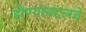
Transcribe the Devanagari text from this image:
होण्याबद्दलचे